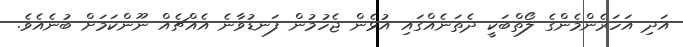
އަދި އަހަރެންމެންގެ ލޯތްބަކީ ދެތަނެއްގައި އުޅެން ޖެހުމުން ފަނޑުވާނެ އެއްޗެއް ނޫންކަމަށް ބުނެއެވެ.